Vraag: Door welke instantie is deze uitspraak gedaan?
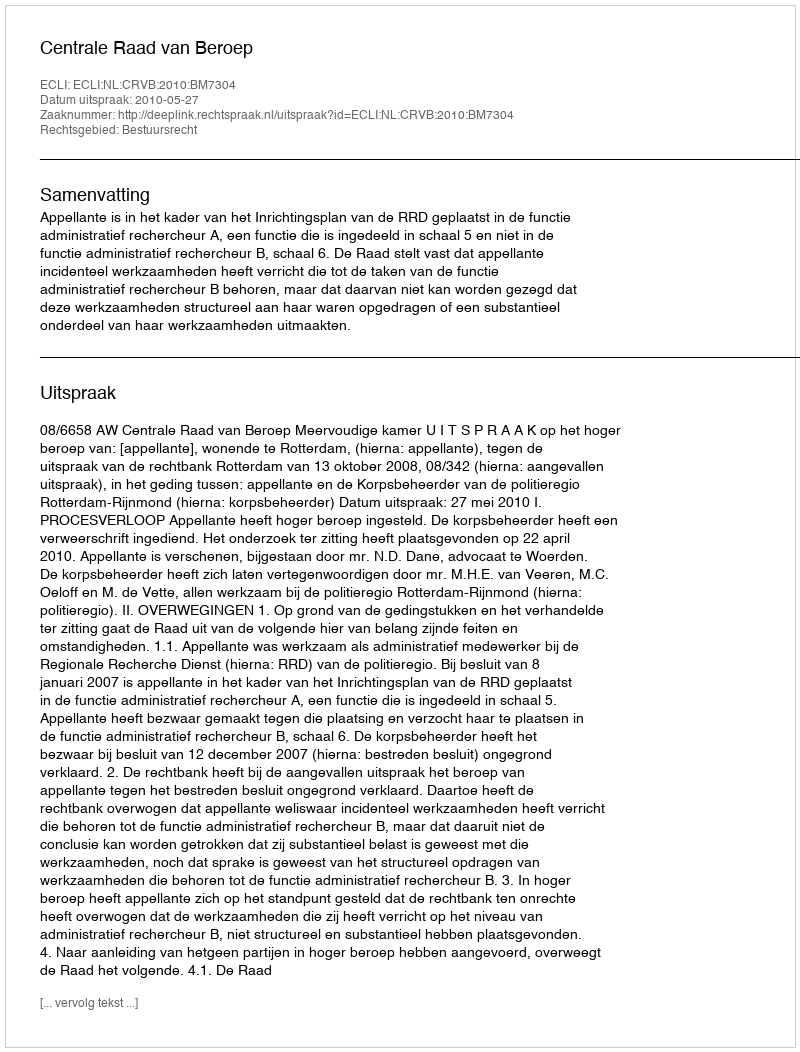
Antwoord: Centrale Raad van Beroep